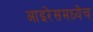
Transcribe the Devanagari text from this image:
आइरेसमध्येच